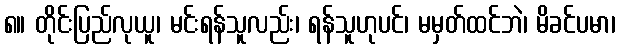
၈။ တိုင်းပြည်လုယူ၊ မင်းရန်သူလည်း၊ ရန်သူဟုပင်၊ မမှတ်ထင်ဘဲ၊ မိခင်ပမာ၊